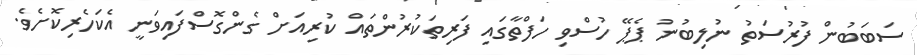
ސަބަބުން ފުރުސަތު ނުލިބުނު ޕެޕޭ ހުސްވި ހަފްތާގައި ފަރިތަކުރުންތައް ކުރިއަށް ގެންގޮސްފައިވަނީ އެކަހެރިކޮށެވެ.